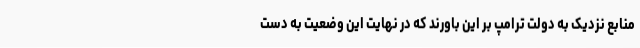
منابع نزدیک به دولت ترامپ بر این باورند که در نهایت این وضعیت به دست